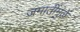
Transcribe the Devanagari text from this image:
जमातींमुळे